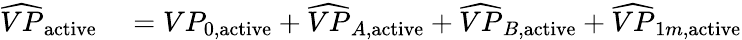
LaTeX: \begin{array}{rl}{\widehat{VP}_{\mathrm{active}}}&{{}=VP_{0,\mathrm{active}}+\widehat{VP}_{A,\mathrm{active}}+\widehat{VP}_{B,\mathrm{active}}+\widehat{VP}_{1m,\mathrm{active}}}\end{array}